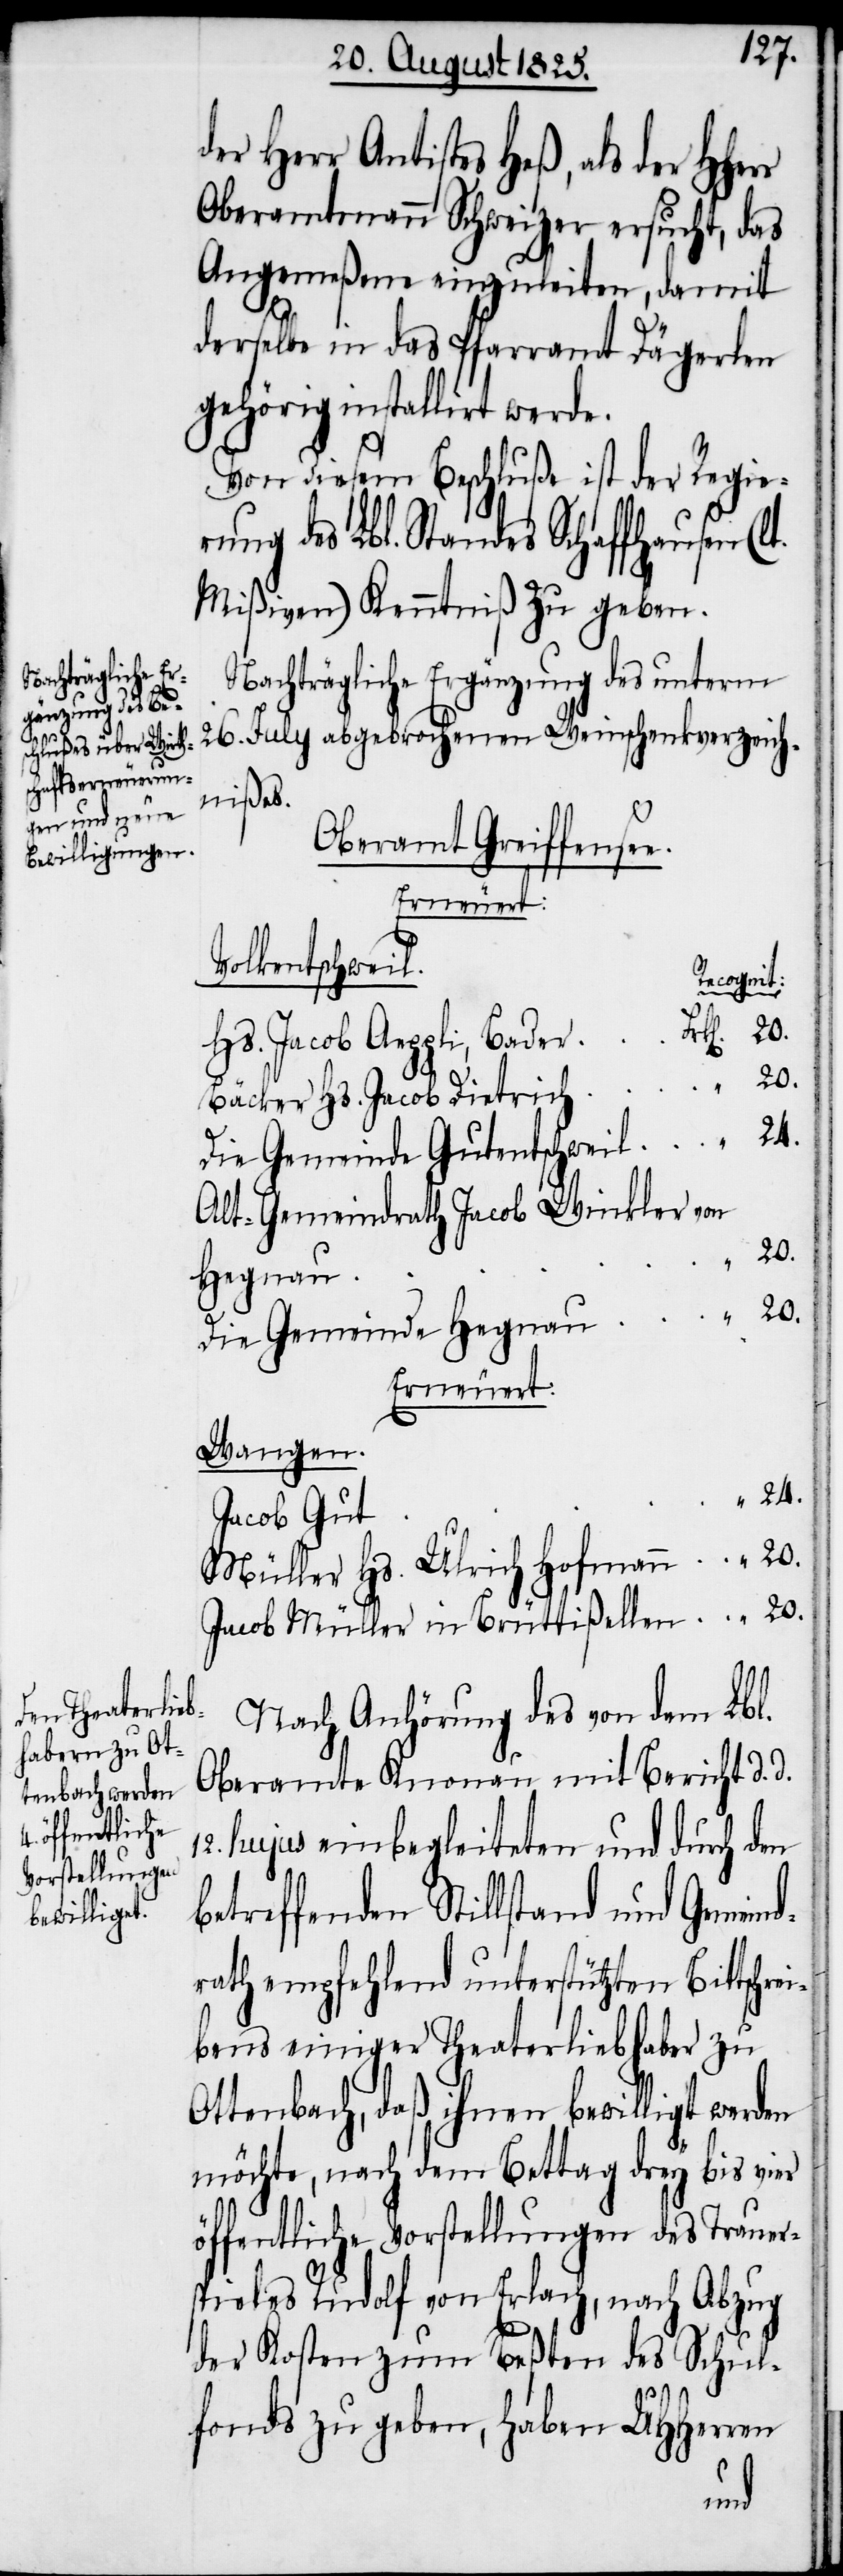
der Herr Antistes Heß, als der
Oberamtmann Schweizer ersucht, das
Angemeßene einzuleiten, damit
derselbe in das Pfarramt Dägerlen
gehörig installirt werde.
Von diesem Beschluße ist der Regie¬
rung des Lbl. Standes Schaffhausen (l¬
Mißiven) Kenntniß zu geben.
Nachträgliche Ergänzung des unterm
26. July abgebrochene Weinschenkverzeich¬
nißes.
Oberamt Greiffensee.
Bäcker Hs. Jacob Dietrich
Die Gemeinde Gutentschweil
Alt-Gemeindrath Jacob Winkler von
Erneuert:
Wangen.
Müller Hs. Ulrich Hofmann
Jacob Müller in Brüttißellen
Nach Anhörung des von dem Lbl.
Oberamte Knonau mit Bericht d. d.
12. hujus einbegleiteten und durch den
betreffenden Stillstand und Gemeind¬
rath empfehlend unterstützten Bittschre¬
ibens einiger Theaterliebhaber zu
Ottenbach, daß ihnen bewilligt werden
möchte, nach dem Bettag drey bis vier
öffentliche Vorstellungen des Trauers¬
pieles Rudolf von Erlach, nach Abzug
der Kosten zum beßten des Schul¬
fonds zu geben, haben UHHerren
t.